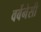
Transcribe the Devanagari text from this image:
वर्बेनेसी